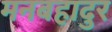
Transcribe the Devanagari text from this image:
मनबहादुर